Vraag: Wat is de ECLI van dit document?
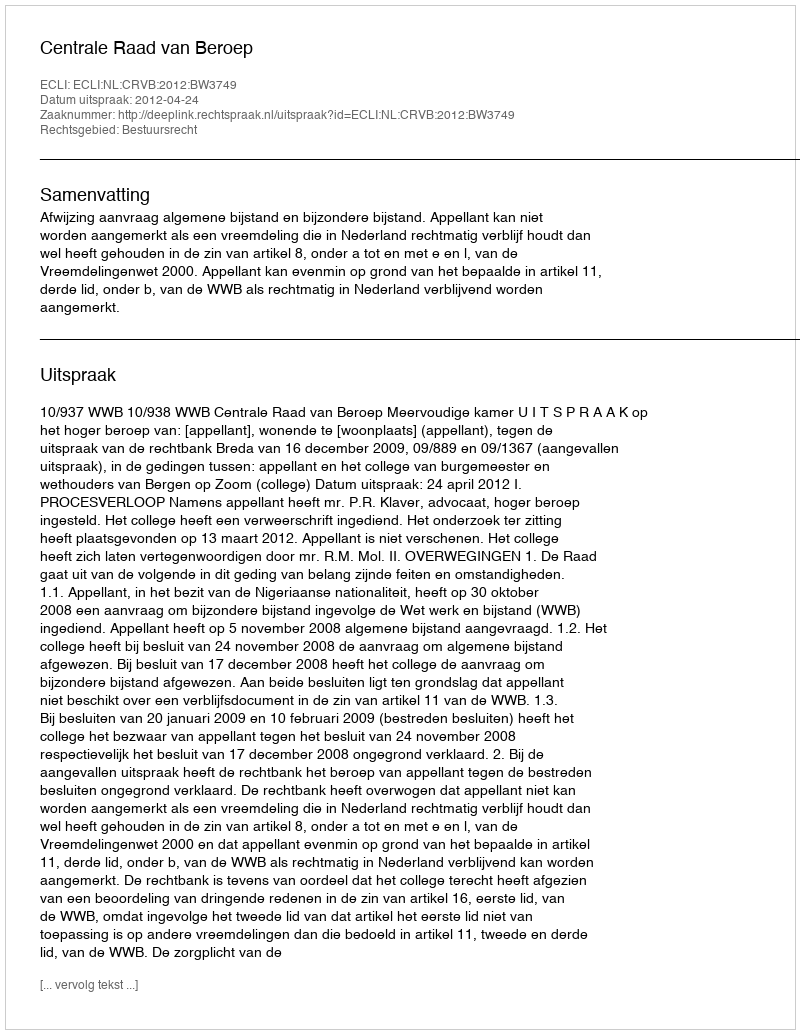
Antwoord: ECLI:NL:CRVB:2012:BW3749